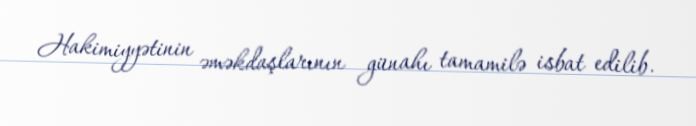
Hakimiyyətinin əməkdaşlarının günahı tamamilə isbat edilib.